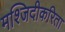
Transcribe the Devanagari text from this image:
मश्जिदीकरिता